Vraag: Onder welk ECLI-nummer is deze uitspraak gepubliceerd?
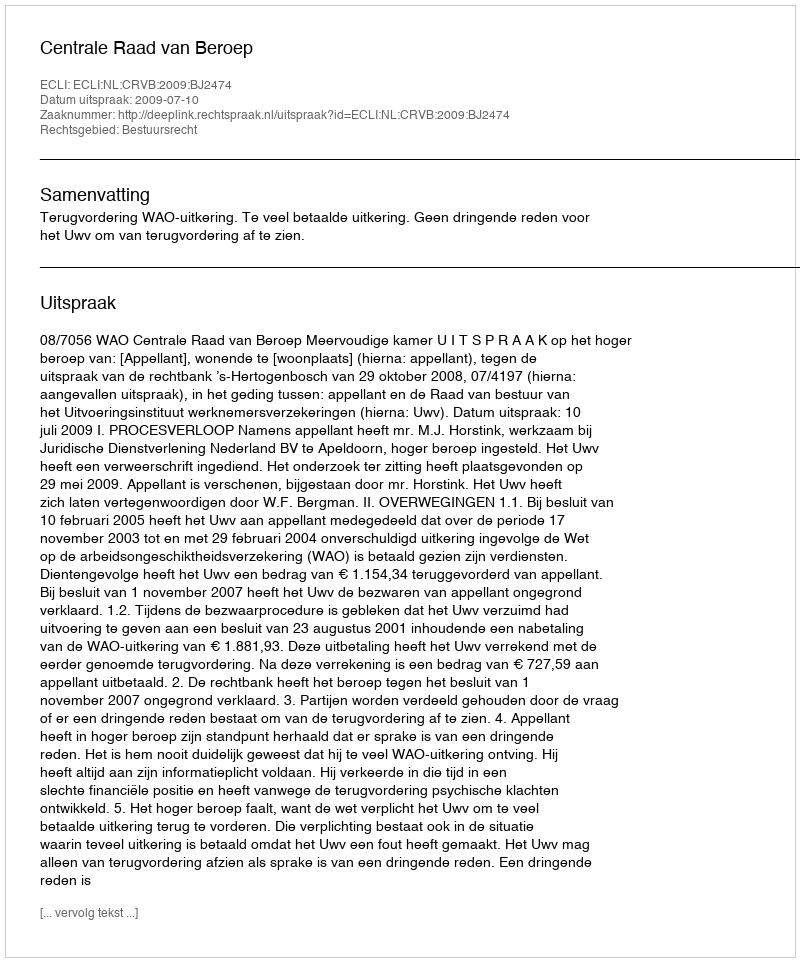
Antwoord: ECLI:NL:CRVB:2009:BJ2474